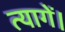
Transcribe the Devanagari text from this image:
त्यागें।